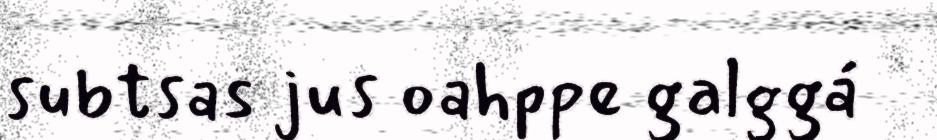
subtsas jus oahppe galggá